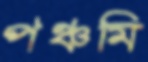
পঞ্চমি